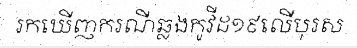
រកឃើញករណីឆ្លងកូវីដ១៩លើបុរស